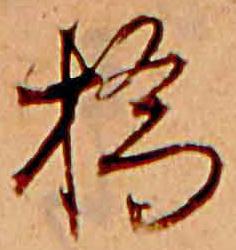
橋